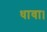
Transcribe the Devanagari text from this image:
धावा।